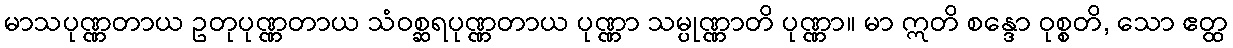
မာသပုဏ္ဏတာယ ဥတုပုဏ္ဏတာယ သံဝစ္ဆရပုဏ္ဏတာယ ပုဏ္ဏာ သမ္ပုဏ္ဏာတိ ပုဏ္ဏာ။ မာ ဣတိ စန္ဒော ဝုစ္စတိ, သော ဧတ္ထ